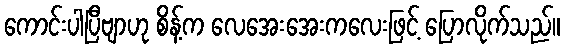
ကောင်းပါပြီဗျာဟု စိန့်က လေအေးအေးကလေးဖြင့် ပြောလိုက်သည်။